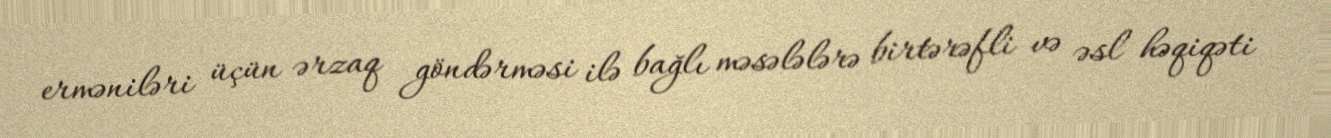
erməniləri üçün ərzaq göndərməsi ilə bağlı məsələlərə birtərəfli və əsl həqiqəti